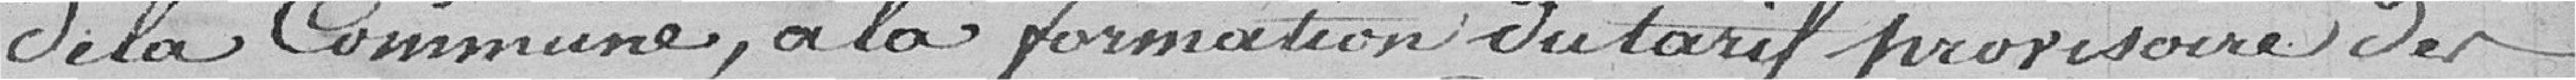
de la Commune, à la formation du tarif provisoire des